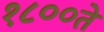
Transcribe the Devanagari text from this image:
१८००ते